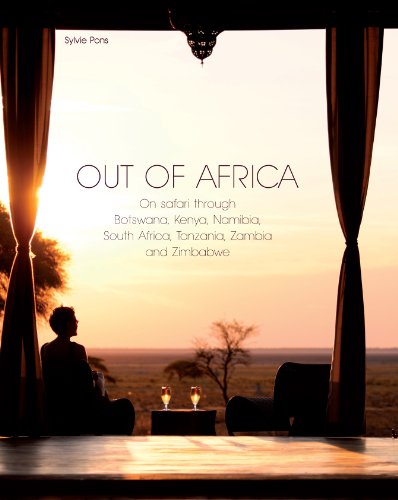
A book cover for Out of Africa: On safari through Botswana,Kenya,Namibia,South Africa,Tanzania,Zambia and Zimbabwe; Sylvie Pons; Travel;